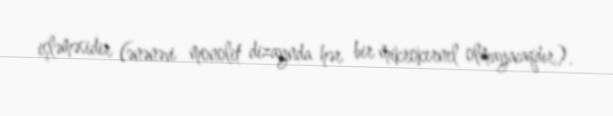
işləməsidir (ənənəvi monolit dizaynda hər bir mikrokernel olmayacaqdır).